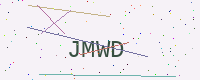
Text: JMWD